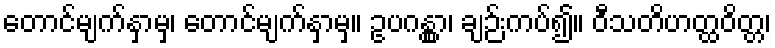
တောင်မျက်နှာမှ၊ တောင်မျက်နှာမှ။ ဥပဂန္တွာ၊ ချဉ်းကပ်၍။ ဝီသတိဟတ္ထဝိတ္တ၊